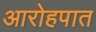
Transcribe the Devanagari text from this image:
आरोहपात